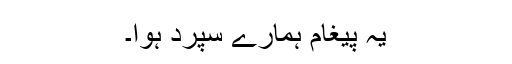
یہ پیغام ہمارے سپرد ہوا۔